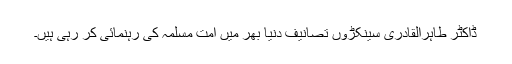
ڈاکٹر طاہرالقادری سینکڑوں تصانیف دنیا بھر میں امت مسلمہ کی رہنمائی کر رہی ہیں۔